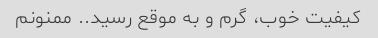
کیفیت خوب، گرم و به موقع رسید.. ممنونم